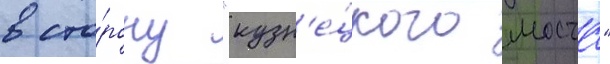
в сто́рону "кузн'е́цкого моста"